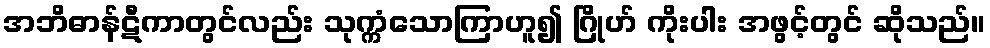
အဘိဓာန်ဋီကာတွင်လည်း သုက္ကံသောကြာဟူ၍ ဂြိုဟ် ကိုးပါး အဖွင့်တွင် ဆိုသည်။